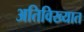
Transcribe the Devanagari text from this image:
अतिविख्यात